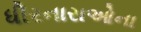
ધીરનારાઓના